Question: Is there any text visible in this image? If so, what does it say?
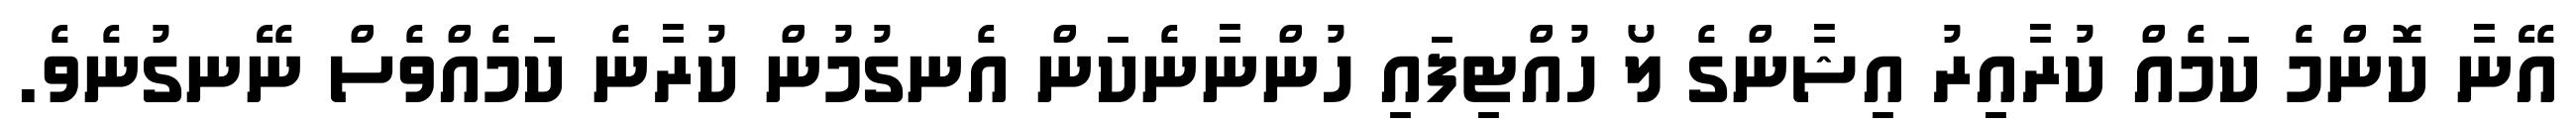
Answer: އޭނާ ކޮންމެ ކަމެއް ކުރާއިރު އިޝާންގެ ލޯ ހުއްޓިފައި ހުންނާނެކަން އެނގުމުން ކުރާނެ ކަމެއްވެސް ނޭނގުނެވެ.